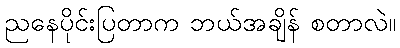
ညနေပိုင်းပြတာက ဘယ်အချိန် စတာလဲ။